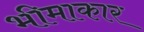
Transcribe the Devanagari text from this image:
भीमाकार